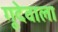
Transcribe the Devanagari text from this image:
गूदेवाला